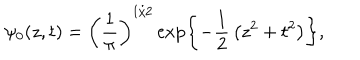
\psi _ { 0 } ( z , t ) = \left( { \frac { 1 } { \pi } } \right) ^ { 1 / 2 } \exp \left\{ - { \frac { 1 } { 2 } } \left( z ^ { 2 } + t ^ { 2 } \right) \right\} ,